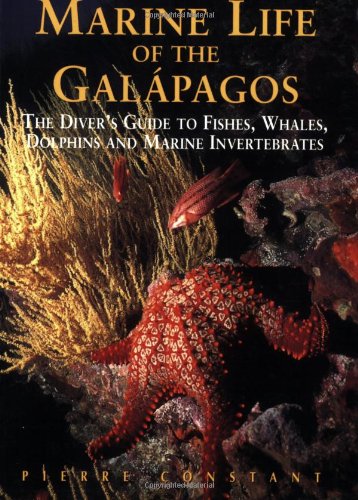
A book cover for Marine Life of the Galapagos: Divers' Guide to the Fish, Whales, Dolphins and Marine Invertebrates, Second Edition (Odyssey Illustrated Guides); Pierre Constant; Travel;